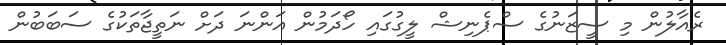
ރެއާލުން މި ސީޒަނުގެ ސްޕެނިޝް ލީގުގައި ހޯދަމުން އަންނަ ދަށް ނަތީޖާތަކުގެ ސަބަބުން